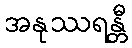
အနုဿရန္တီ